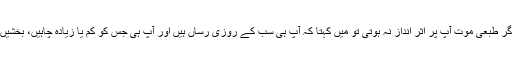
اگر طبعی موت آپ پر اثر انداز نہ ہوتی تو میں کہتا کہ آپ ہی سب کے روزی رساں ہیں اور آپ ہی جس کو کم یا زیادہ چاہیں، بخشیں۔